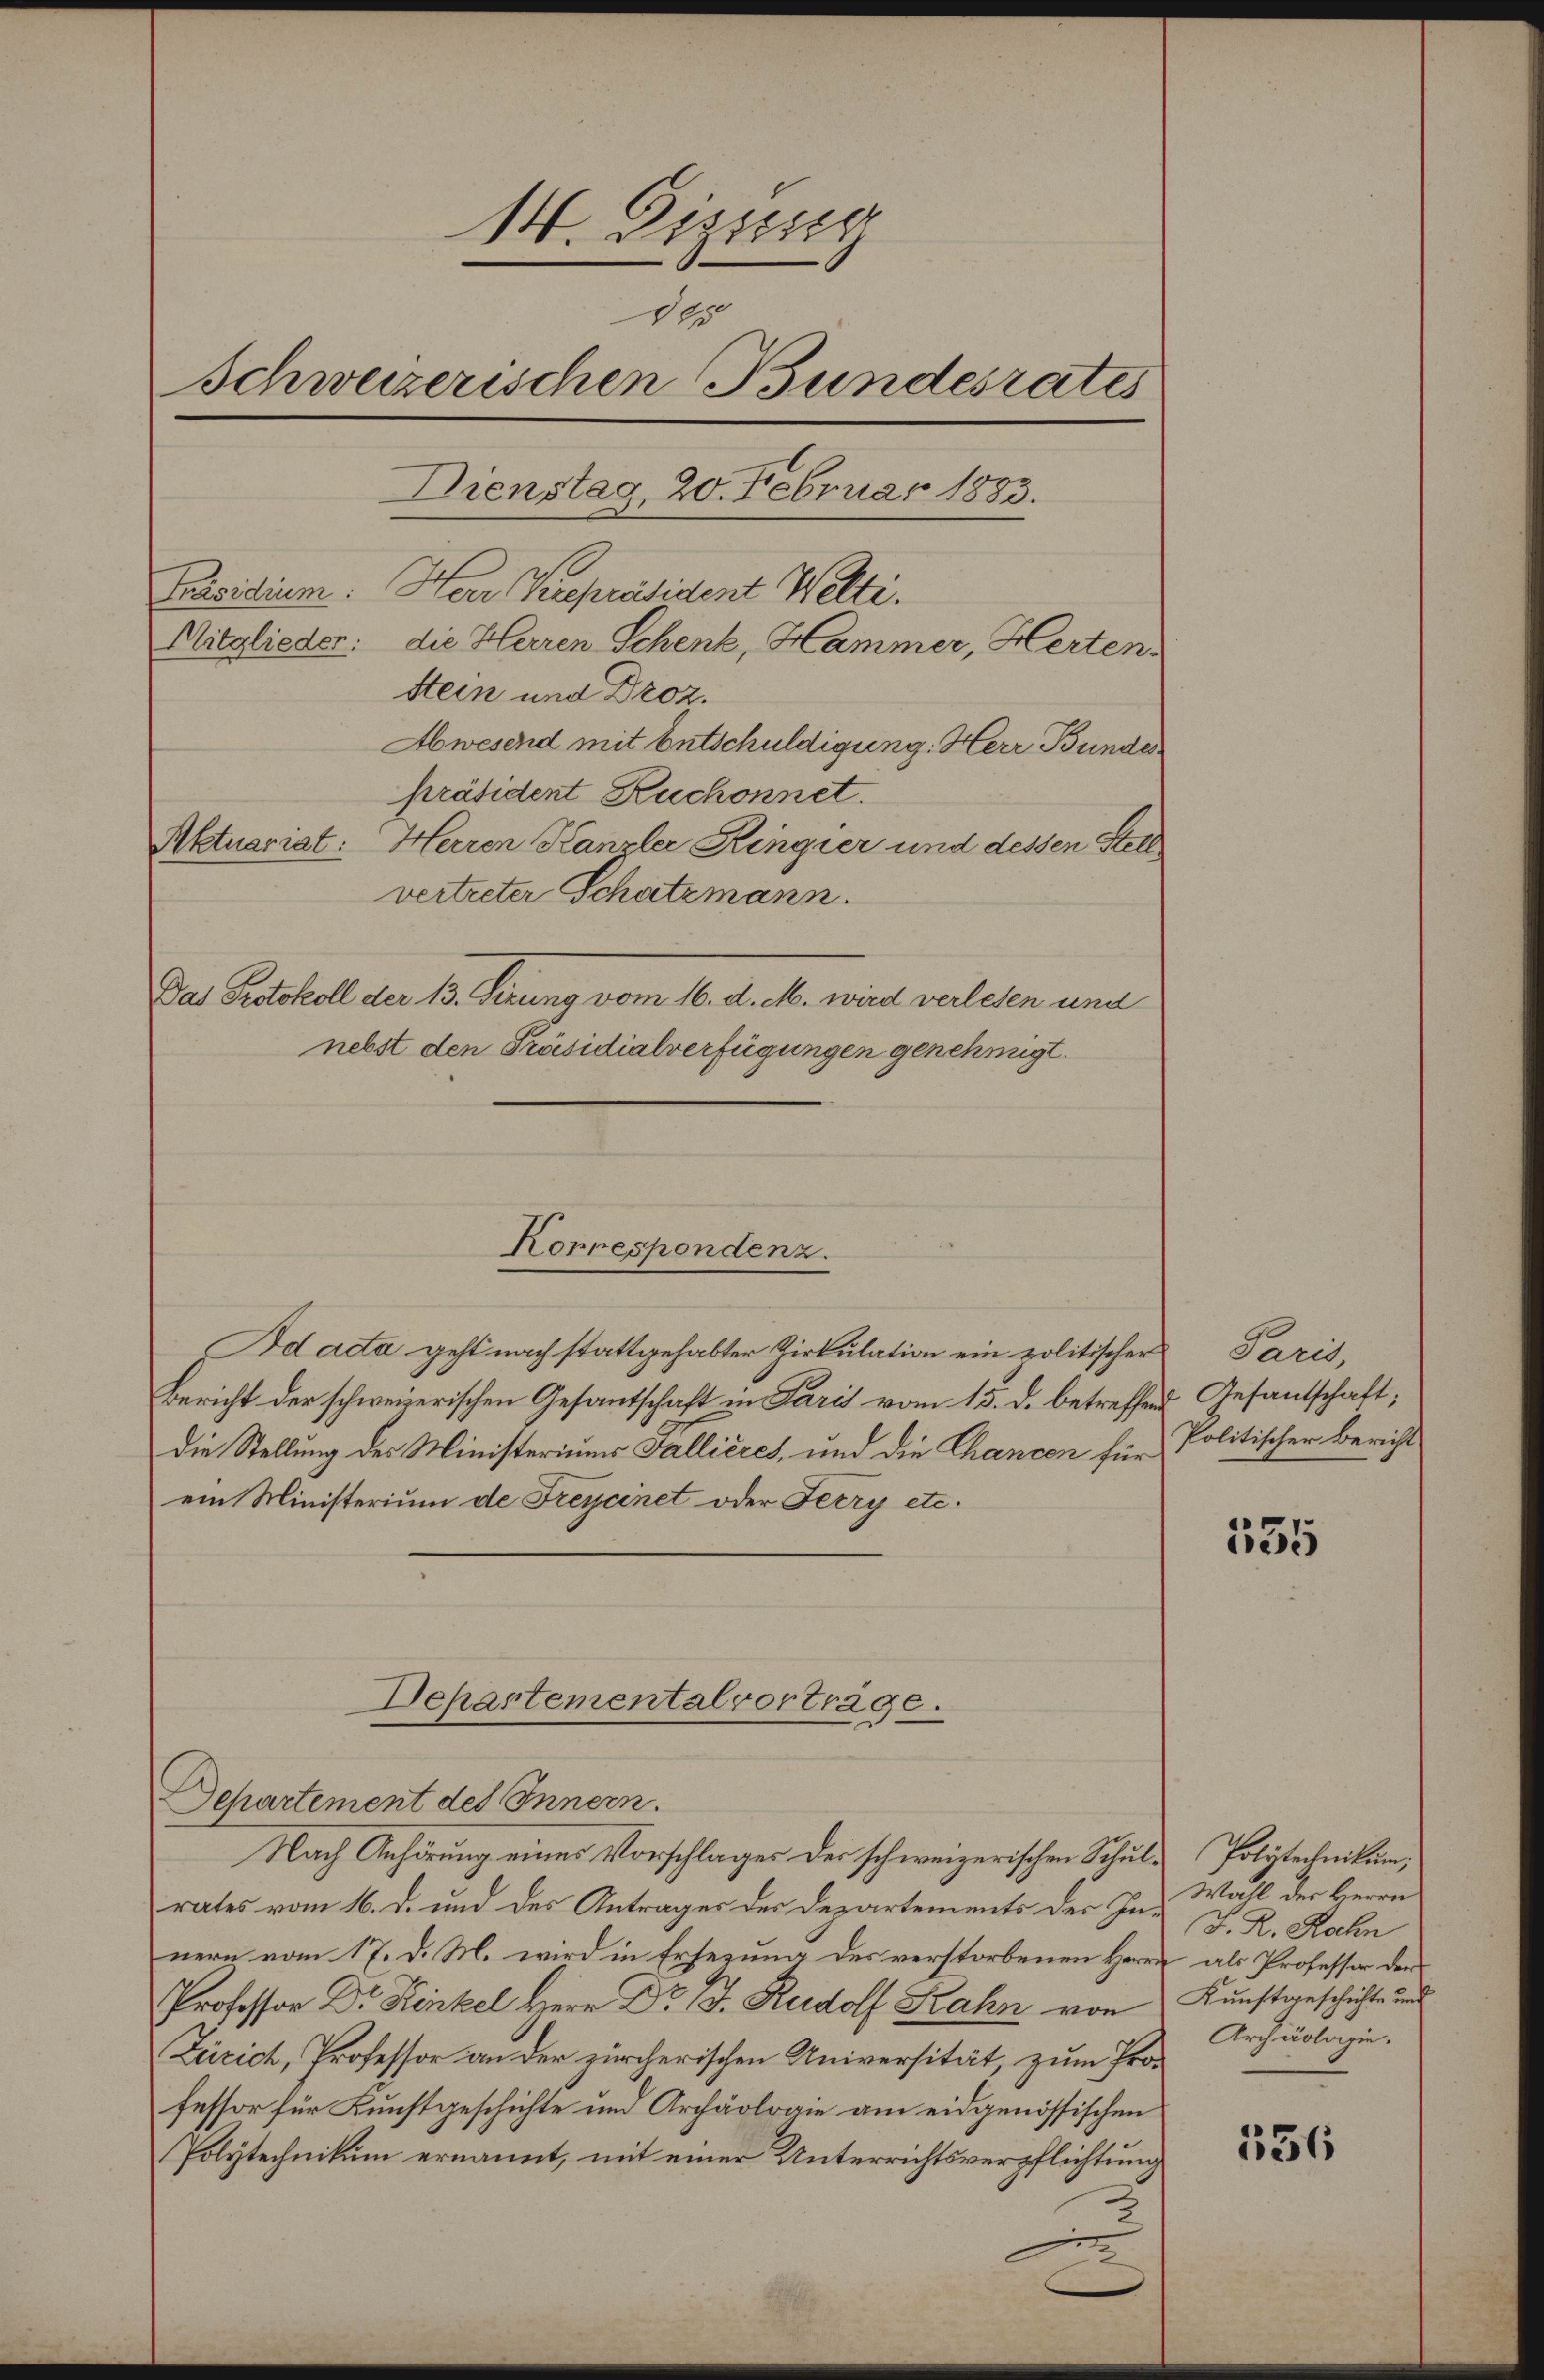
Präsidium. Herr Vicepräsident Welti.

14. Dizung
145
Schweizerischen Bundesrates
Dienstag 20. Februar 1883.
Mitglieder: die Herren Schenk, Hammer, Herten,
Stein und Droz.
Abwesend mit Entschuldigung. Herr Bundes.
Präsident Ruchonnet.
Aktuariat: Herren Kanzler Ringier und dessen Stell
vertreter Schatzmann.
Das Protokoll der 13. Verung vom 16. d. M. wird verlesen und
nebst den Präsidialverfügungen genehmigt.

Korrespondenz.
Ad ada geht nach stattgehabter Zirkulation ein politischer Paris,
Bericht der schweizerischen Gesantschaft in Paris vom 15. d. betreffend Gesandtschaft;

die Stellung des Ministeriums Fallières, und die Thancen für
ein Ministerium de Freycinet oder Ferry etc.
Departement des Innern.
Nach Anhörung eines Vorschlages der schweizerischen Schulrates vom 16. d. und des Antrages des Departements der In- Wahl der Herrn
nern vom 17. d. M. wird in Ersezung des verstorbenen Herr
Professor Dr. Kinkel Herr Dr. B. Rudolf Rahn von
Zürich, Professor an der zürcherischen Universität, zum Professor für Kunstgeschichte und Archäolraie am eidgenössischen
Polytechnikum ernannt, mit einer Unterrichtsverpflichtung

Departementalvorträge.

Politischer Bericht

535

Polytechnikum,
J. R. Rahn
 als Professor der
Kunstgeschichte und
Archäologie.

536